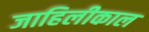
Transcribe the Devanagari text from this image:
जाहिलीकाल